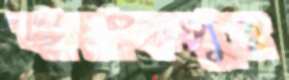
বারাকপুর